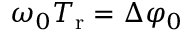
\omega _ { 0 } T _ { \mathrm { r } } = \Delta \varphi _ { 0 }